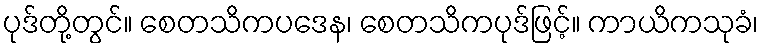
ပုဒ်တို့တွင်။ စေတသိကပဒေန၊ စေတသိကပုဒ်ဖြင့်။ ကာယိကသုခံ၊